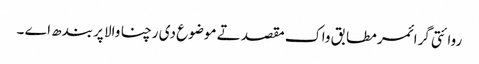
روائتی گرائمر مطابق واک مقصد تے موضوع دی رچنا والا پربندھ اے ۔